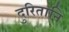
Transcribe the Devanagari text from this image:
दुरितानि